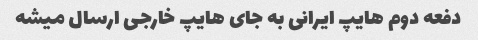
دفعه دوم هایپ ایرانی به جای هایپ خارجی ارسال میشه